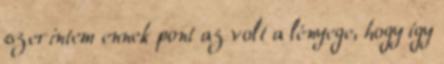
szerintem ennek pont az volt a lényege, hogy így